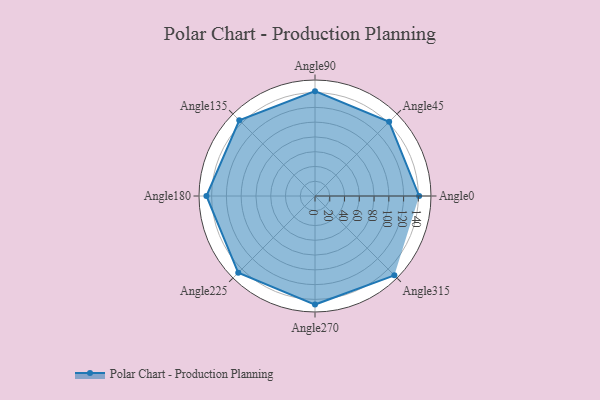
{"axis": {"x": "Angle", "y": "Radius"}, "legend": [""], "data": [{"x": "Angle0", "y": 141.0, "type": ""}, {"x": "Angle45", "y": 142.0, "type": ""}, {"x": "Angle90", "y": 142.0, "type": ""}, {"x": "Angle135", "y": 145.0, "type": ""}, {"x": "Angle180", "y": 147.0, "type": ""}, {"x": "Angle225", "y": 147.0, "type": ""}, {"x": "Angle270", "y": 147.0, "type": ""}, {"x": "Angle315", "y": 152.0, "type": ""}]}